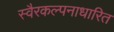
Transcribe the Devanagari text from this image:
स्वैरकल्पनाधारित